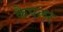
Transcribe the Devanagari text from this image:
कैपलर